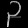
Digit: ၃